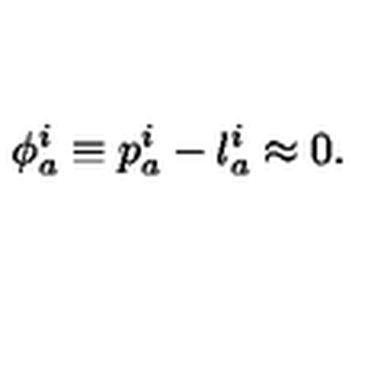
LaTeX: \phi _ { a } ^ { i } \equiv p _ { a } ^ { i } - l _ { a } ^ { i } \approx 0 .